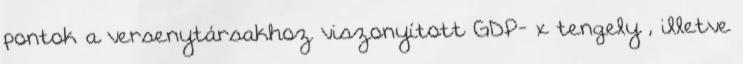
pontok a versenytársakhoz viszonyított GDP- x tengely , illetve